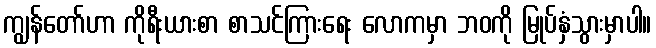
ကျွန်တော်ဟာ ကိုရီးယားစာ စာသင်ကြားရေး လောကမှာ ဘဝကို မြုပ်နှံသွားမှာပါ။